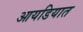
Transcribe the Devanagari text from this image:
आयडियात